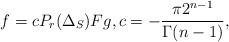
LaTeX: \begin{align*} f=cP_r(\Delta_S)Fg, c=-\frac{\pi 2^{n-1}}{\Gamma(n-1)},\end{align*}